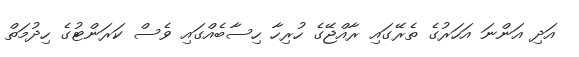
އަދި އަންނަ އަހަރުގެ ތެރޭގައި ރާއްޖޭގެ ހުރިހާ ހިސާބެއްގައި ވެސް ކަރަންޓުގެ ހިދުމަތް